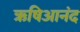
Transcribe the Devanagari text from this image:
ऋषिआनंद